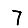
Digit: 7